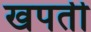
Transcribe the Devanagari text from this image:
खपती